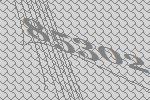
85302